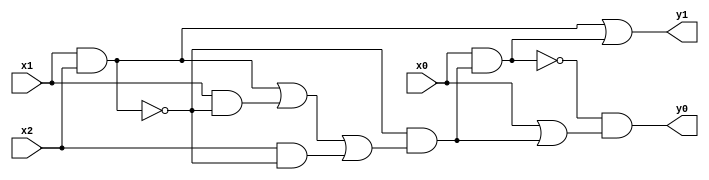
module top(x0, x1, x2, y0, y1);
  input x0, x1, x2;
  output y0, y1;
  wire n4, n5, n6, n7, n8, n9, n10;
  assign n4 = x1 & x2;
  assign n5 = (x1 & x2) | (x1 & ~n4) | (x2 & ~n4);
  assign n6 = ~n4 & n5;
  assign n7 = x0 & n6;
  assign n8 = x0 | n6;
  assign n9 = ~n7 & n8;
  assign n10 = n4 | n7;
  assign y0 = n9;
  assign y1 = n10;
endmodule